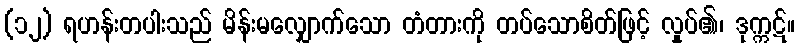
(၁၂) ရဟန်းတပါးသည် မိန်းမလျှောက်သော တံတားကို တပ်သောစိတ်ဖြင့် လှုပ်၏၊ ဒုက္ကဋ်။